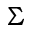
\Sigma